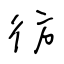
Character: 彷